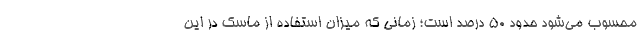
محسوب می‌شود حدود ۵۰ درصد است؛ زمانی که میزان استفاده از ماسک در این